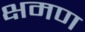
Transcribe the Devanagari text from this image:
क्षमण